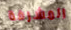
المشرفة